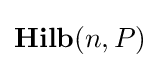
\mathbf {Hilb} (n,P)